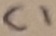
Text: C1